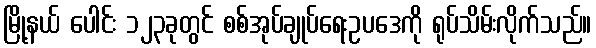
မြို့နယ် ပေါင်း ၁၂၃ခုတွင် စစ်အုပ်ချုပ်ရေးဥပဒေကို ရုပ်သိမ်းလိုက်သည်။